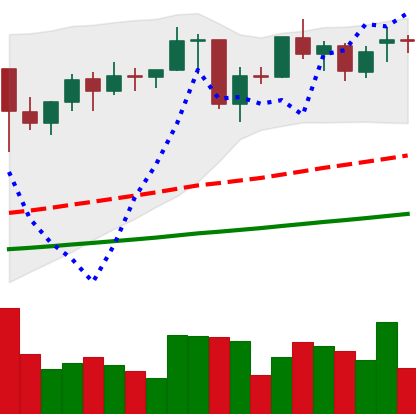
Ticker: ETH-USD
Chart end date: 2021-01-30
Forward return: 15.889%
Label: up_7plus